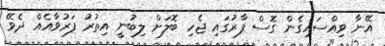
އޭނާ ވިއްސައިގެން ގޮސް ފާރުގައި ޖެހި ބޮލަށް ލިބުނީ އިތުރު ފަރުވާއެއް ދެވޭ